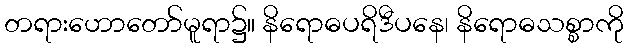
တရားဟောတော်မူရာ၌။ နိရောဓပရိဒီပနေ၊ နိရောဓသစ္စာကို